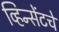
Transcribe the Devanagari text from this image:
व्हिन्सेंटचे